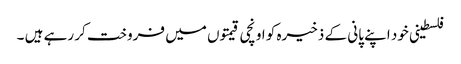
فلسطینی خود اپنے پانی کے ذخیرہ کو اونچی قیمتوں میں فروخت کر رہے ہیں ۔